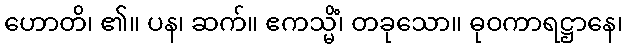
ဟောတိ၊ ၏။ ပန၊ ဆက်။ ဧကသ္မိံ၊ တခုသော။ ဓုဝကာရဋ္ဌာနေ၊